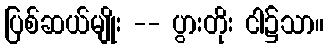
ပြစ်ဆယ်မျိုး -- ပွားတိုး ငါ၌သာ။